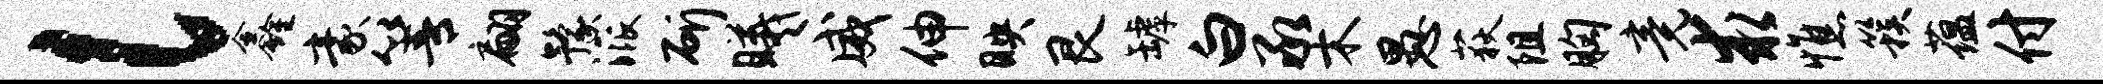
l鑫豪箐翩豫派斫曦威伸映艮罅白承木愚荻阻胸竟求憔簇蕴付